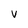
Character: v